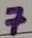
Text: 7